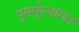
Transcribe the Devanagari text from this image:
पुनर्मूल्यांगन